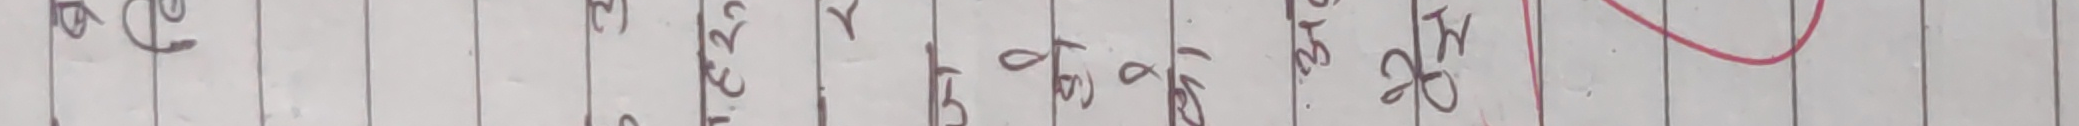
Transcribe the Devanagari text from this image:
हामी मेरो कतिलाई त्यो माझ छोडियो पढ्यो